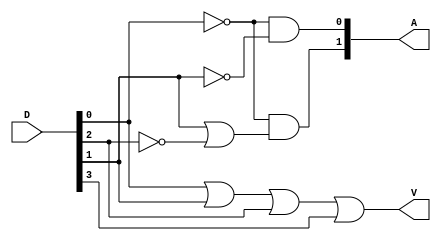
module Lab2_encoder_4bit_dateflow(D,A,V);
    output       V;
    output [1:0] A;
    input  [3:0] D;

    assign V=D[0]|D[1]|D[2]|D[3];
    assign A[1]=(~D[0])&(D[1]|(~D[2]));
    assign A[0]=(~D[0])&(~D[1]);


endmodule